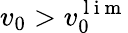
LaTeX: v_{0}>v_{0}^{\mathrm{~l~i~m~}}